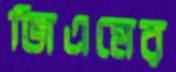
জিএমের